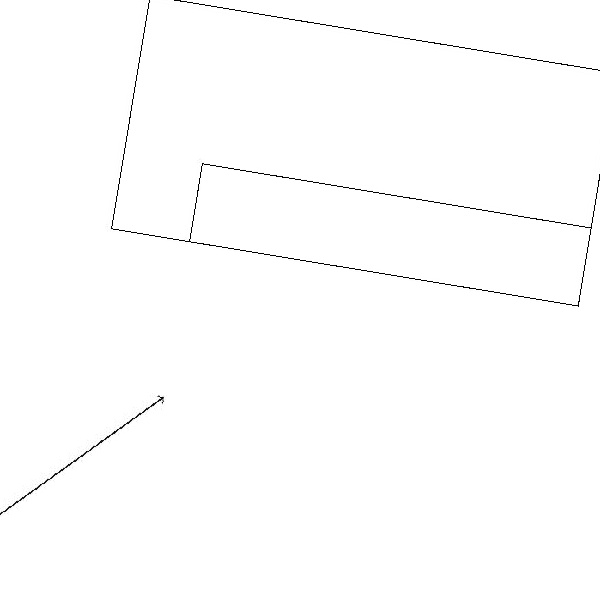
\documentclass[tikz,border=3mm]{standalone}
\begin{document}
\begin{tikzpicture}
\draw (9,17) rectangle (4,16);
\draw (9,16) rectangle (3,19);
\draw[->] (2,12) -- (4,14);
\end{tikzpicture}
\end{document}